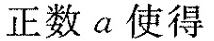
正数a使得